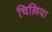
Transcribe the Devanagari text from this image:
चिल्लिया